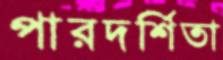
পারদর্শিতা